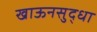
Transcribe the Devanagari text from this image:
खाऊनसुद्धा